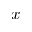
x